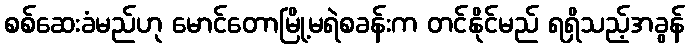
စစ်ဆေးခံမည်ဟု မောင်တောမြို့မရဲစခန်းက တင်နိုင်မည် ရရှိသည့်အခွန်